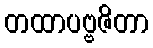
တထာပဗ္ဗဇိတာ